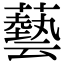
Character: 藝